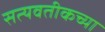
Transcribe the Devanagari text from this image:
सत्यवतीकच्या